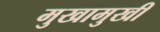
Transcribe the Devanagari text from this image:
मुखामुखी